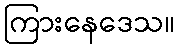
ကြားနေဒေသ။